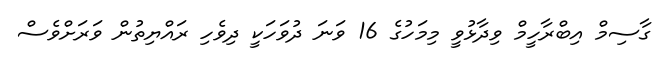
ގާސިމް އިބްރާހީމް ވިދާޅުވީ މިމަހުގެ 16 ވަނަ ދުވަހަކީ ދިވެހި ރައްޔިތުން ވަރަށްވެސް